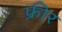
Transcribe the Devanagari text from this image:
फ्रीर